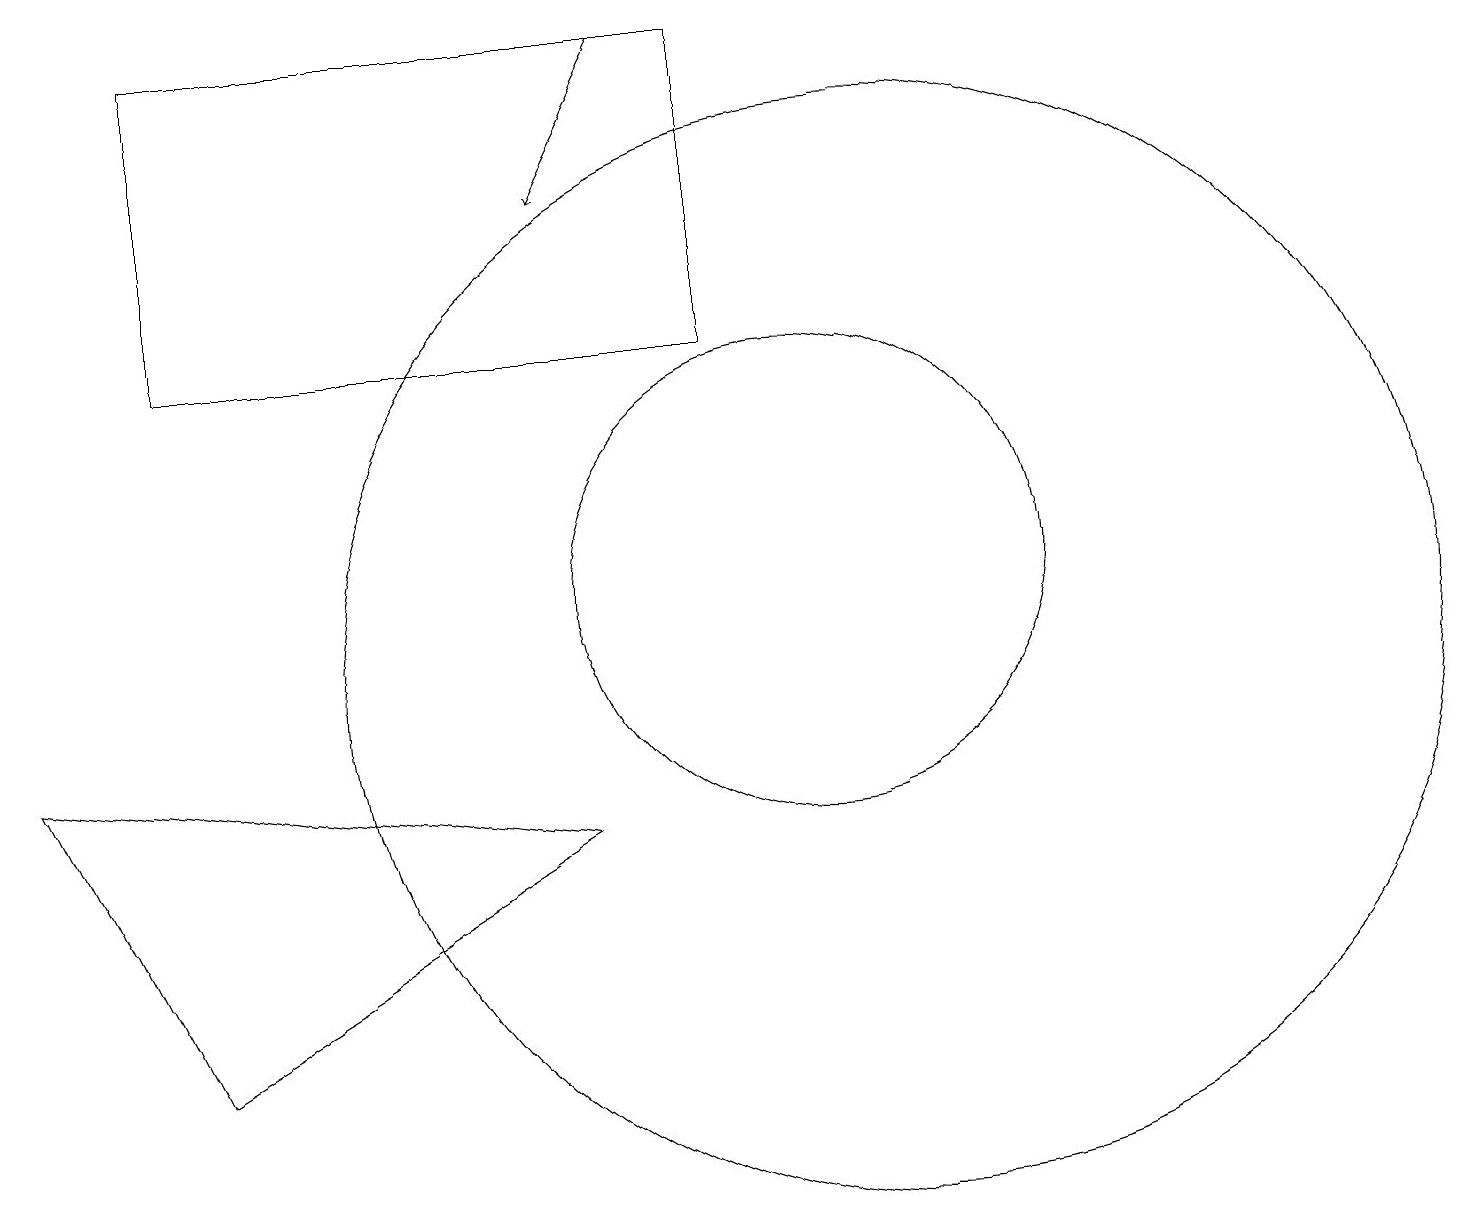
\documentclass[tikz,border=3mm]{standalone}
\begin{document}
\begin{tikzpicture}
\draw (7,8) -- (0,9) -- (2,5) -- cycle;
\draw (11,10) circle (7);
\draw[->] (8,18) -- (7,16);
\draw (10,11) circle (3);
\draw (9,18) rectangle (2,14);
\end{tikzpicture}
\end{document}